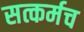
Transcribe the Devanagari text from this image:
सत्कर्मच